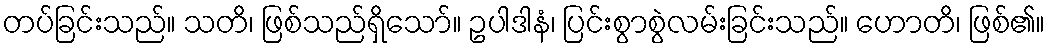
တပ်ခြင်းသည်။ သတိ၊ ဖြစ်သည်ရှိသော်။ ဥပါဒါနံ၊ ပြင်းစွာစွဲလမ်းခြင်းသည်။ ဟောတိ၊ ဖြစ်၏။